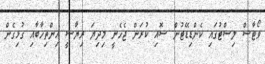
ވޯޓާސް ލިސްޓުގައި ކެންޑިޑޭޓުން ސޮއި ކުރަން ޖެހެނީ މިދިޔަ ރިޔާސީ އިންތިހާބާއި ގުޅިގެން